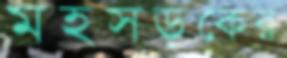
মহসড়কের